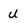
Character: u